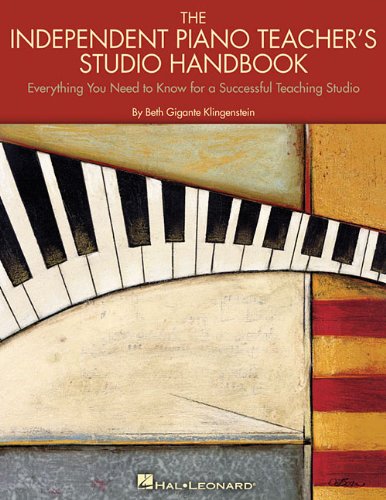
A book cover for The Independent Piano Teacher's Studio Handbook; Beth Gigante Klingenstein; Arts & Photography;